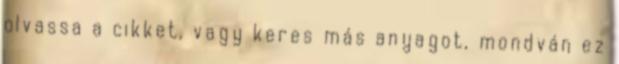
olvassa a cikket, vagy keres más anyagot, mondván ez